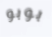
بوبو